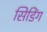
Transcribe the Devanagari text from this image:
सिडिंग